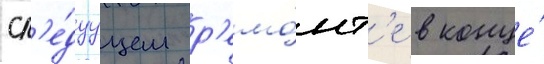
сл'е́дуущем р'емо́нт'е в конце́